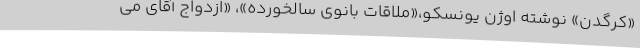
«کرگدن» نوشته اوژن یونسکو،«ملاقات بانوی سالخورده»، «ازدواج آقای می